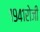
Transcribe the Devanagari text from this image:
१९४१रोजी